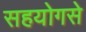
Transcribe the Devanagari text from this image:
सहयोगसे